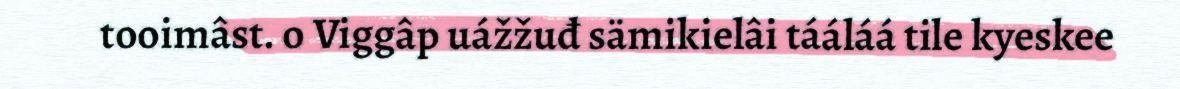
tooimâst. o Viggâp uážžuđ sämikielâi tááláá tile kyeskee